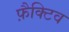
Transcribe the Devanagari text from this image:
फ़ैक्टिव